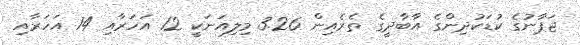
ޖަޕާނުގެ ކުޑަކުދިންގެ އާބާދީގެ ތެރެއިން 3.26 މިލިއަނަކީ 12 އަހަރާއި 14 އަހަރާއި